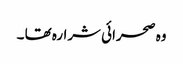
وہ صحرائی شرارہ تھا ۔